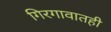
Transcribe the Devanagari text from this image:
गिरगावातही